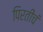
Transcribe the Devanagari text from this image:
पिरतीचं